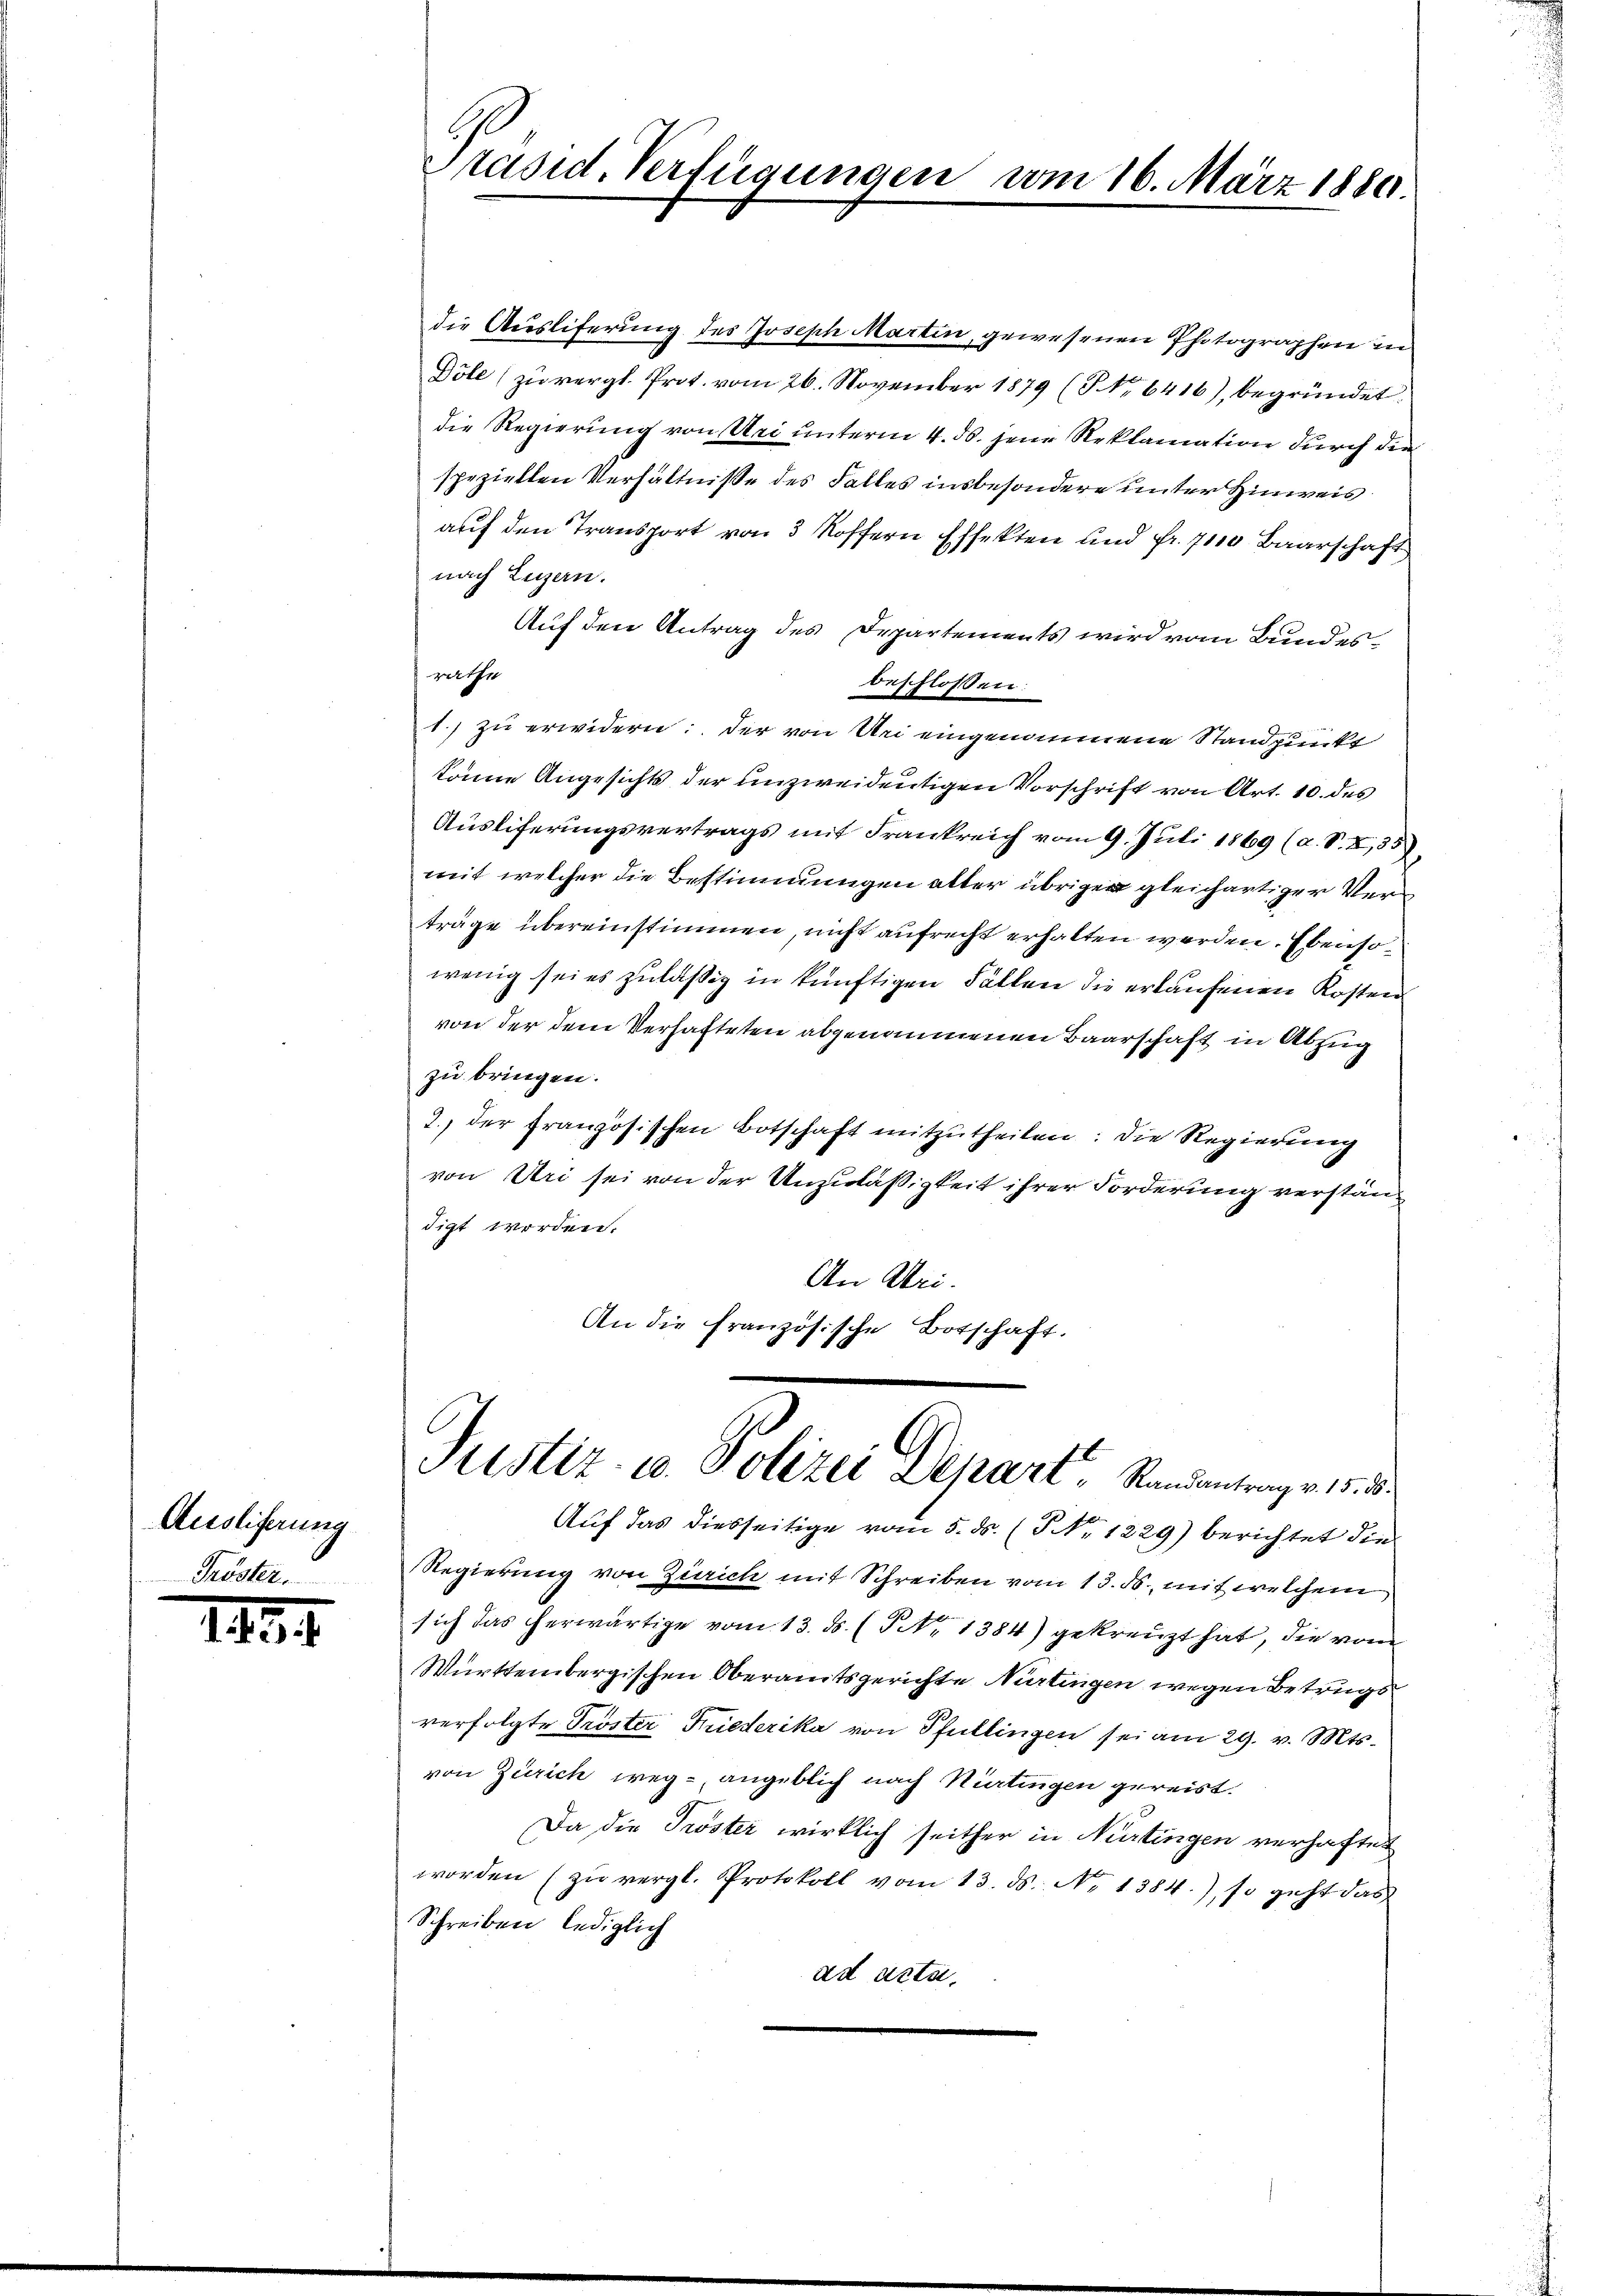
Ausliferung
Pröster.

III.

die Auslieferung des Joseph Martin, gewesenen Photographen in
Döle (zu vergl. Prot. vom 26. November 1879 (P No 6416), begründet.
die Regierung von Uri unterm 4. ds. jene Reklamation durch die
speziellen Verhältniße des Falles insbesondere unter Hinweis
auf den Transport von 3 Koffern Effekten und fr. 7110 Baarschaft
nach Luzern.
Auf den Antrag des Departements wird vom Bundesrathe
beschlossen:
1.) zu erwidern: der von Uri eingenommene Standpunkt
könne Angesichts der unzweideutigen Vorschrift von Art. 10. des
Ausliferungsvertrags mit Frankreich vom 9. Juli 1869 (a. S. 8,35)
mit welcher die Bestimmungen alter übrigen gleichartiger Verträge übereinstimmen, nicht aufrecht erhalten werden. Ebensowenig sei es zuläßig in künftigen Fällen die erkaufenen Kosten
von der dem Verhafteten abgenommenen Baarschaft in Abzug
zu bringen.
2., der französischen Botschaft mitzutheilen: die Regierung
von Uri sei von der Unzuläßigkeit ihrer Forderung verständigt worden.
An Uri.
An die französische
Totschaft.

Präsid. Verfügungen vom 16. März 1880.

Justiz- u. Polizei Depart, Randantrage 1835.

Auf das diesseitige vom 5. ds. (T Nr. 1229) berichtet die
Regierung von Zürich mit Schreiben vom 13. ds. mit welchem
sich das herwärtige vom 13. ds. (§. 1384) gekreuzt hat, die vom
Württembergischen Oberamtsgerichte Nürtingen wegen Betrugs
verfolgte Tröster Tiederika von Pfullingen sei am 29. v. Mts.
von Zürich weg - angeblich nach Nürtingen gereist.
Da die Tröster wirklich seither in Nürtingen verhaftet
worden (zŭ vergl. Protokoll vom 13. ds. No. 1384.), so geht das
Schreiben, lediglich
ad acta,